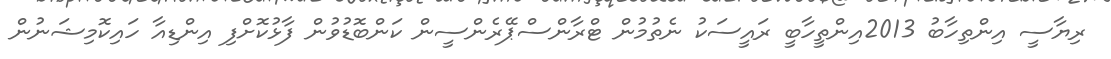
ރިޔާސީ އިންތިހާބު 2013އިންތީހާބީ ރައީސަކު ނެތުމުން ޓްރާންސްޕޭރެންސީން ކަންބޮޑުވުން ފާޅުކޮށްފި އިންޑިއާ ހައިކޮމިޝަނުން